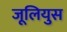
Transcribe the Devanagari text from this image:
जूलियुस